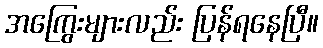
အကြွေးများလည်း ပြန်ရနေပြီ။